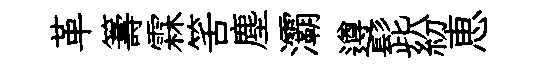
革籌霖筈塵灞遵髭紛恵